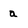
Character: a